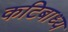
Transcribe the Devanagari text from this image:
कटिबाध्य